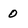
Character: 0